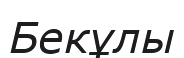
Бекұлы